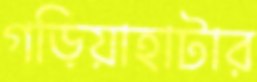
গড়িয়াহাটার